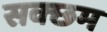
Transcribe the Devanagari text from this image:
सक्छम